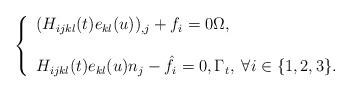
LaTeX: \begin{align*} \left\{\begin{array}{lll} (H_{ijkl}(t) e_{kl}(u))_{,j}+f_i=0 \Omega, \\\\ H_{ijkl}(t) e_{kl}(u) n_j-\hat{f}_i=0, \Gamma_t, \; \forall i \in \{1,2,3\}.\end{array} \right.\end{align*}